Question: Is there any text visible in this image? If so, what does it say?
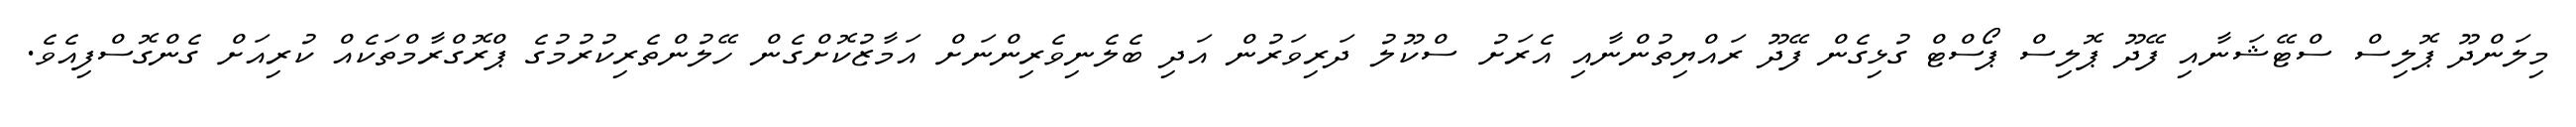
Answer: މިލަންދޫ ޕޮލިސް ސްޓޭޝަނާއި ފޭދޫ ޕޮލިސް ޕޯސްޓް ގުޅިގެން ފޭދޫ ރައްޔިތުންނާއި އެރަށު ސްކޫލު ދަރިވަރުން އަދި ބެލެނިވެރިންނަށް އަމާޒުކޮށްގެން ހޭލުންތެރިކުރުމުގެ ޕްރޮގްރާމްތަކެއް ކުރިއަށް ގެންގޮސްފިއެވެ.